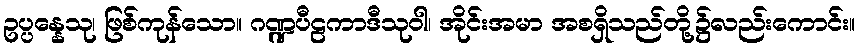
ဥပ္ပန္နေသု၊ ဖြစ်ကုန်သော။ ဂဏ္ဍပီဠကာဒီသုဝါ၊ အိုင်းအမာ အစရှိသည်တို့၌လည်းကောင်း။